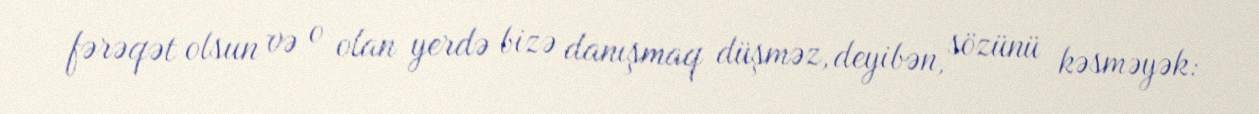
fərəqət olsun və o olan yerdə bizə danışmaq düşməz, deyibən, sözünü kəsməyək: